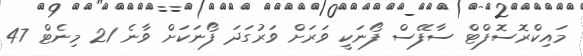
މައިކްރޮސޮފްޓް ސާފޭސް ފޯނަކީ ވަރަށް ވަރުގަދަ ފޯނަކަށް ވާނެ 21 މިނެޓް 47